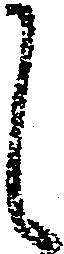
し